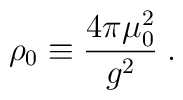
\rho_0 \equiv {{4\pi \mu_0^2}\over{g^2}}\;.